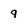
Character: q